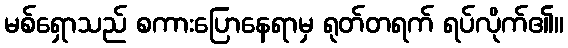
မစ်ရှောသည် စကားပြောနေရာမှ ရုတ်တရက် ရပ်လိုက်၏။